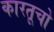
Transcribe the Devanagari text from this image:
कारतूचो